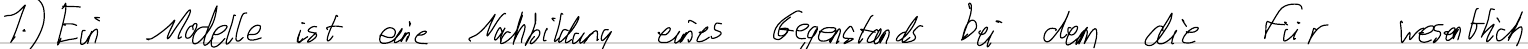
1.) Ein Modelle ist eine Nachbildung eines Gegenstands bei dem die für wesentlich